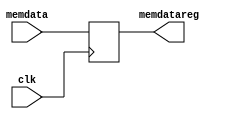
module  dr(
           input [31:0]      memdata, 
           input             clk, 
           output reg [31:0] memdatareg
          );
    always @ (posedge clk)
      memdatareg <= memdata;
endmodule // dr